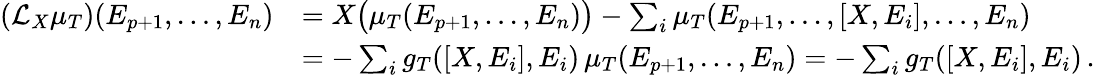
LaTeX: \begin{array}{rl}{(\mathcal{L}_{X}\mu_{T})(E_{p+1},\ldots,E_{n})}&{=X\big(\mu_{T}(E_{p+1},\ldots,E_{n})\big)-\sum_{i}\mu_{T}(E_{p+1},\ldots,[X,E_{i}],\ldots,E_{n})}\\ &{=-\sum_{i}g_{T}([X,E_{i}],E_{i})\, \mu_{T}(E_{p+1},\ldots,E_{n})=-\sum_{i}g_{T}([X,E_{i}],E_{i})\, .}\end{array}